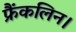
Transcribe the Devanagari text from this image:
फ्रैंकलिन।